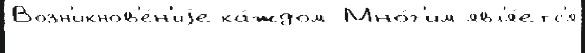
Возн'икнов'е́н'иjе ка́ждом Мно́г'им явл'я́етс'я